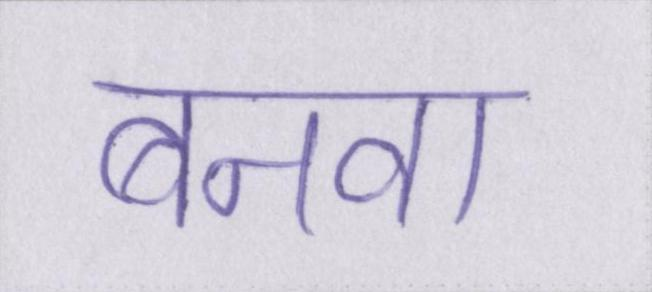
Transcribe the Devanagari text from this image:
बनवा